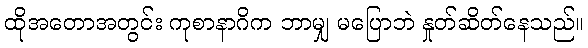
ထိုအတောအတွင်း ကုစာနာဂိက ဘာမျှ မပြောဘဲ နှုတ်ဆိတ်နေသည်။